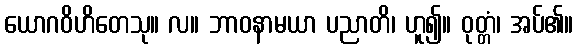
ယောဂဝိဟိတေသု။ လ။ ဘာဝနာမယာ ပညာတိ၊ ဟူ၍။ ဝုတ္တံ၊ အပ်၏။